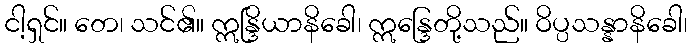
ငါ့ရှင်။ တေ၊ သင်၏။ ဣန္ဒြိယာနိခေါ၊ ဣန္ဒြေတို့သည်။ ဝိပ္ပသန္နာနိခေါ၊